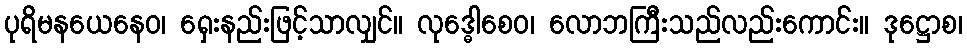
ပုရိမနယေနေဝ၊ ရှေးနည်းဖြင့်သာလျှင်။ လုဒ္ဓေါစေဝ၊ လောဘကြီးသည်လည်းကောင်း။ ဒုဋ္ဌောစ၊